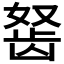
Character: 𬺀